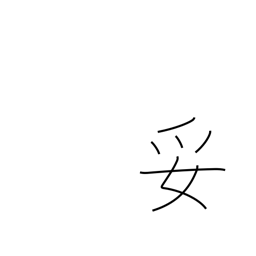
Meaning: satisfactory